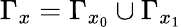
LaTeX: \Gamma_{x}=\Gamma_{x_{0}}\cup\Gamma_{x_{1}}